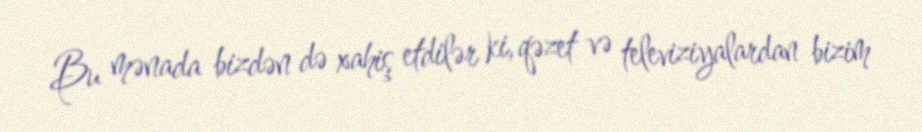
Bu mənada bizdən də xahiş etdilər ki, qəzet və televiziyalardan bizim